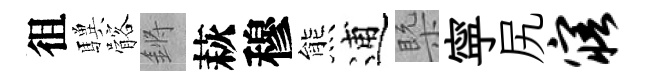
徂驥髂鏘萩穆熊逋槩寜尻寤